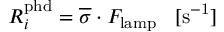
R _ { i } ^ { \mathrm { { p h d } } } = \overline { { \sigma } } \cdot F _ { \mathrm { { l a m p } } } \; \; \; [ \mathrm { { s ^ { - 1 } } ] }